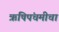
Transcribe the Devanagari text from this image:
ऋषिपंचमीचा